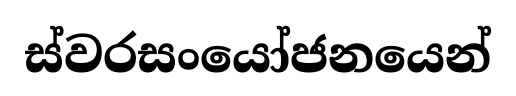
ස්වරසංයෝජනයෙන්